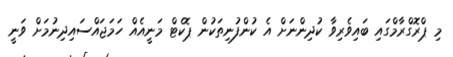
މި ޕްރޮގްރާމްގައި ބައިވެރިވާ ކުދިންނަށް އެ ކުންފުނިތަކުން ޕޮކެޓް މަނީއެއް ހަމަޖައްސައިދިނުމަށް ވަނީ